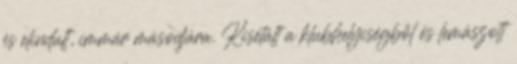
és elindult, immár másodjára. Kisétált a klubhelyiségből és lemászott